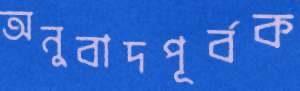
অনুবাদপূর্বক